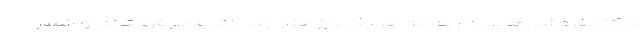
و کتابفروشی‌هایی داریم که هر یک روز هزار جلد کتاب می‌فروشند. و شمار